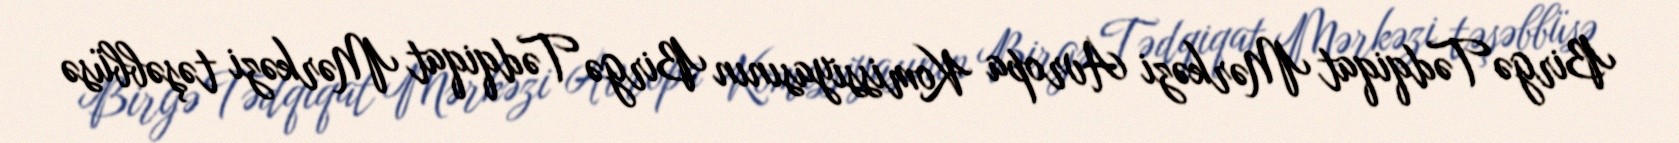
Birgə Tədqiqat Mərkəzi Avropa Komissiyasının Birgə Tədqiqat Mərkəzi təşəbbüsə